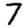
Digit: 7